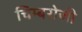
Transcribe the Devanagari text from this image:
चिम्बरोजी